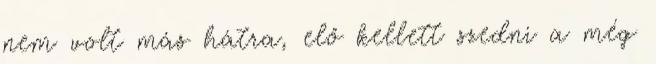
nem volt más hátra, elő kellett szedni a még